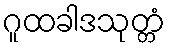
ဂူထခါဒသုတ္တံ